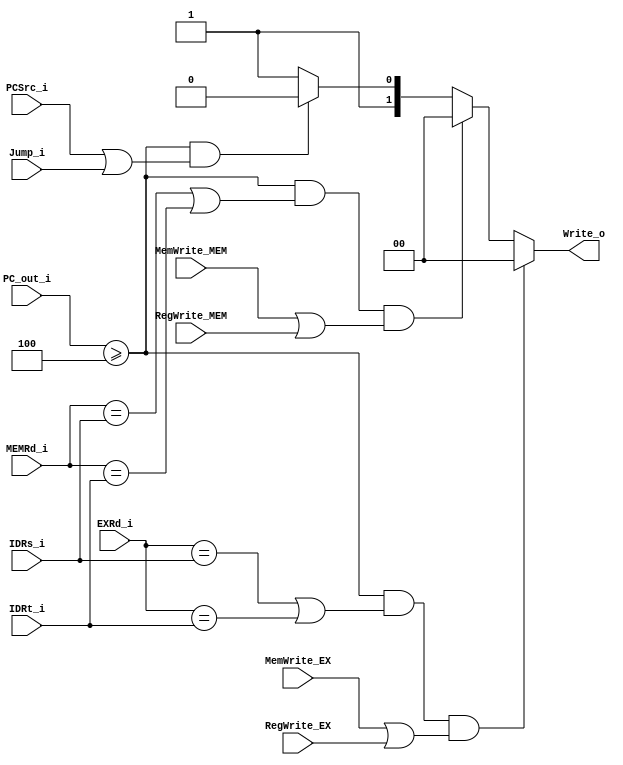
module HazardDetector(PC_out_i, IDRs_i, IDRt_i, EXRd_i, MEMRd_i,
                      PCSrc_i, Jump_i, MemWrite_EX, RegWrite_EX, MemWrite_MEM, RegWrite_MEM, 
                      Write_o);

input [15:0] PC_out_i;
input [2:0] IDRs_i, IDRt_i, EXRd_i, MEMRd_i;
input PCSrc_i, Jump_i;
input MemWrite_EX, RegWrite_EX;
input MemWrite_MEM, RegWrite_MEM;
output reg [1:0] Write_o;

always@(*)
    if(PC_out_i >= 4 && (EXRd_i == IDRs_i || EXRd_i == IDRt_i) && (MemWrite_EX || RegWrite_EX))
        Write_o = 2'b00;
    else if(PC_out_i >= 4 && (MEMRd_i == IDRs_i || MEMRd_i == IDRt_i) && (MemWrite_MEM || RegWrite_MEM))
        Write_o = 2'b00;
    else if(PC_out_i >= 4 && (PCSrc_i | Jump_i))
        Write_o = 2'b10;
    else
        Write_o = 2'b11;

endmodule